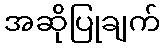
အဆိုပြုချက်